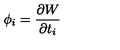
\phi _ { i } = \frac { \partial W } { \partial t _ { i } }